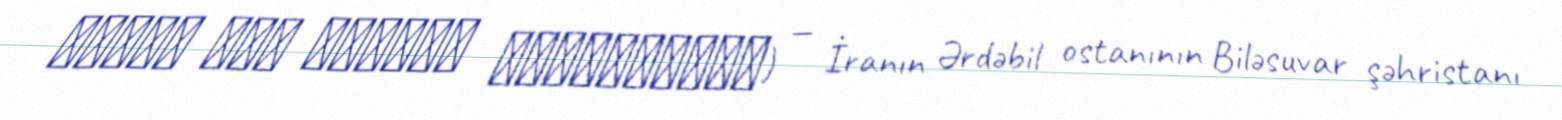
قشلاق حاج سليمان اكبركرامتي) — İranın Ərdəbil ostanının Biləsuvar şəhristanı